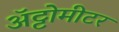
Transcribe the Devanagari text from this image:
अॅट्टोमीटर